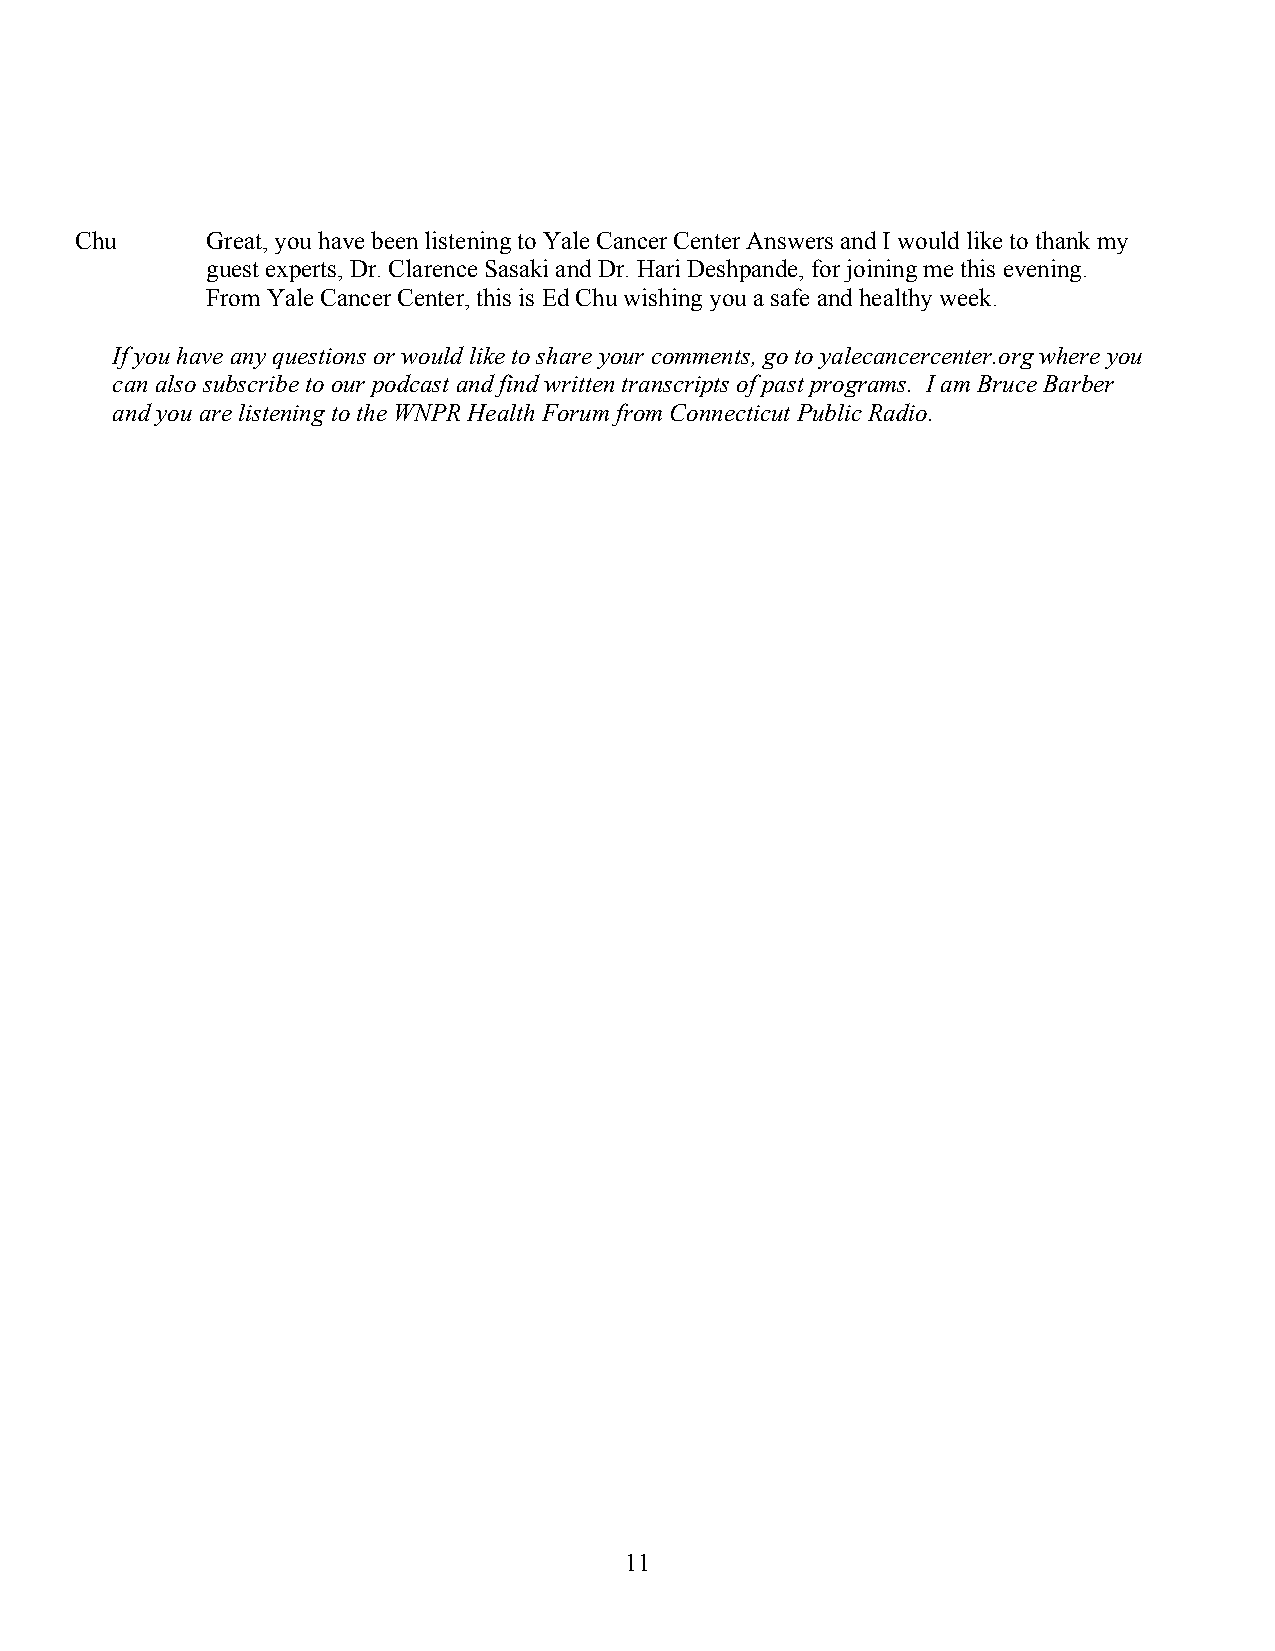
Chu      Great, you have been listening to Yale Cancer Center Answers and I would like to thank my
 guest experts, Dr. Clarence Sasaki and Dr. Hari Deshpande, for joining me this evening.
 From Yale Cancer Center, this is Ed Chu wishing you a safe and healthy week.
 If you have any questions or would like to share your comments, go to yalecancercenter.org where you
 can also subscribe to our podcast and find written transcripts of past programs. I am Bruce Barber
 and you are listening to the WNPR Health Forum from Connecticut Public Radio.
 11